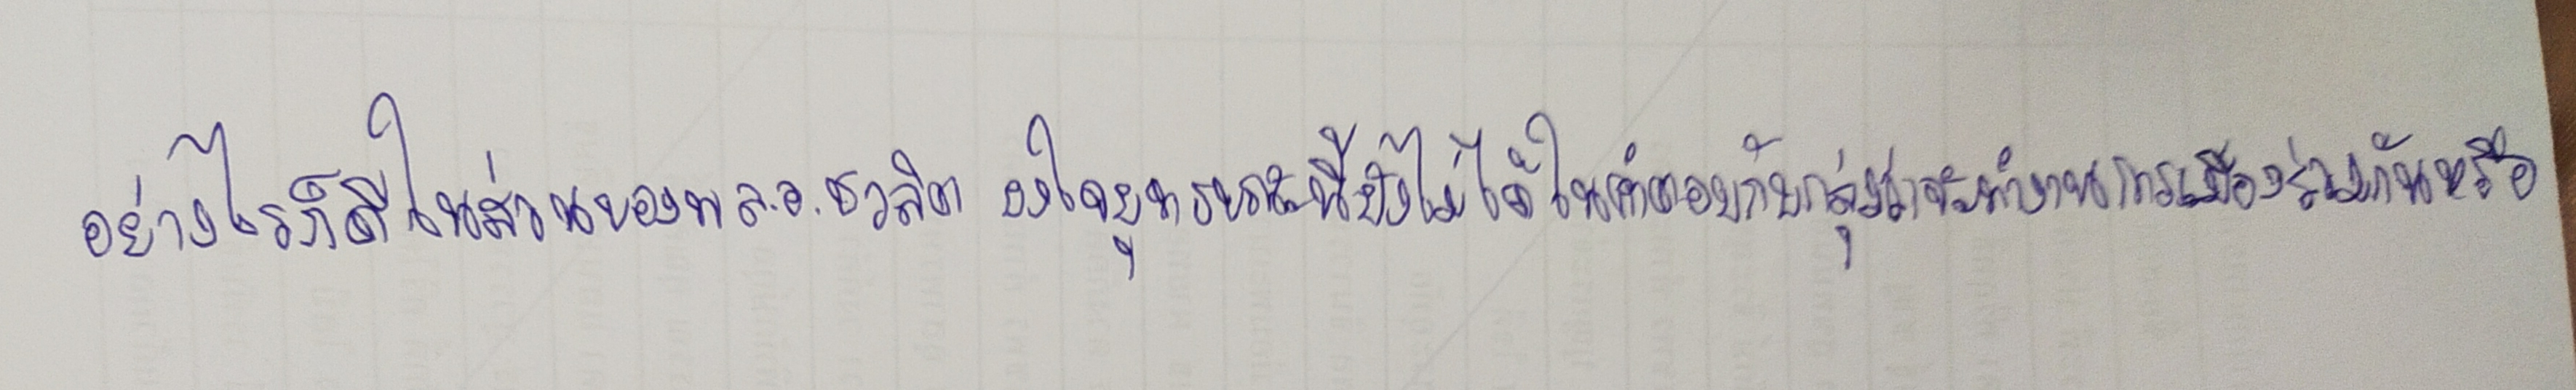
อย่างไรก็ดีในส่วนของพล.อ.ชวลิต ยงใจยุทธขณะนี้ยังไม่ได้ให้คำตอบกับกลุ่มว่าจะทำงานการเมืองร่วมกันหรือ